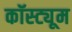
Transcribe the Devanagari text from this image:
कॉस्‍ट्यूम